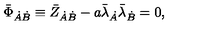
\bar { \Phi } _ { \dot { A } \dot { B } } \equiv \bar { Z } _ { \dot { A } \dot { B } } - a \bar { \lambda } _ { \dot { A } } \bar { \lambda } _ { \dot { B } } = 0 ,